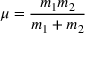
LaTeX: \mu = { \frac { m _ { 1 } m _ { 2 } } { m _ { 1 } + m _ { 2 } } }